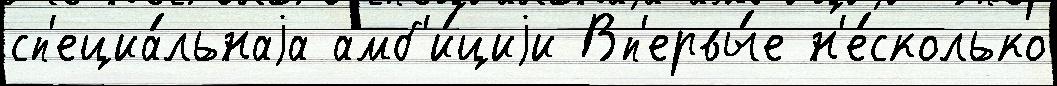
сп'ециа́льнаjа амб'и́циjи Вп'ервы́е н'е́сколько